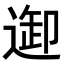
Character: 𨓴